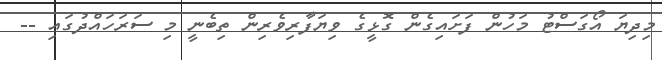
މިދިޔަ އޯގަސްޓު މަހުން ފަށައިގެން ގޮޅީގެ ވިޔަފާރިވެރިން ތިބެނީ މި ސަރަހައްދުގައި --